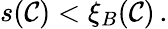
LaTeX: \begin{array}{r}{s(\mathcal{C})<\xi_{B}(\mathcal{C})\, .}\end{array}